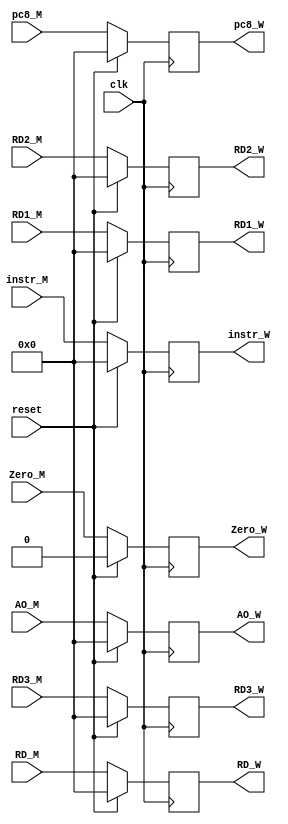
`timescale 1ns / 1ps

module MEM_WB(
	clk, reset,
	pc8_M, instr_M, AO_M, RD1_M, RD2_M, RD3_M, RD_M, Zero_M,
	pc8_W, instr_W, AO_W, RD1_W, RD2_W, RD3_W, RD_W, Zero_W);
	
	input clk, reset;
	input [31:0] pc8_M, instr_M, AO_M, RD1_M, RD2_M, RD3_M, RD_M;
	input Zero_M;
	output reg [31:0] pc8_W, instr_W, AO_W, RD1_W, RD2_W, RD3_W, RD_W;
	output reg Zero_W;
	
	initial begin
		pc8_W = 0;
		instr_W = 0;
		AO_W = 0;
		RD1_W = 0;
		RD2_W = 0;
		RD3_W = 0;
		RD_W = 0;
		Zero_W = 0;
	end
	
	always @(posedge clk) begin
		if (reset) begin
			pc8_W <= 0;
			instr_W <= 0;
			AO_W <= 0;
			RD1_W <= 0;
			RD2_W <= 0;
			RD3_W <= 0;
			RD_W <= 0;
			Zero_W <= 0;
		end
		else begin
			pc8_W <= pc8_M;
			instr_W <= instr_M;
			AO_W <= AO_M;
			RD1_W <= RD1_M;
			RD2_W <= RD2_M;
			RD3_W <= RD3_M;
			RD_W <= RD_M;
			Zero_W <= Zero_M;
		end
	end
	


endmodule